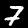
Label: 7